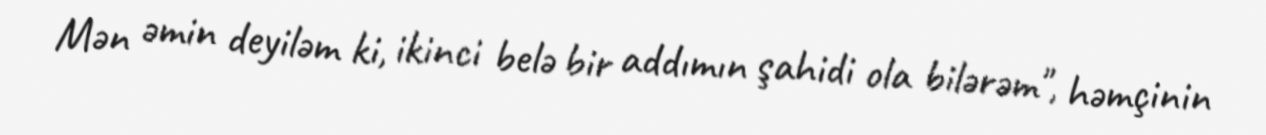
Mən əmin deyiləm ki, ikinci belə bir addımın şahidi ola bilərəm", həmçinin